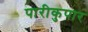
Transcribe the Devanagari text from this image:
पारीकुपार